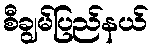
စီချွမ်ပြည်နယ်